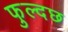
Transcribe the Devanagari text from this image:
फुल्दछ